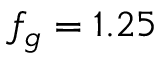
f _ { g } = 1 . 2 5